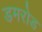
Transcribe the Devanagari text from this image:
डमरोड